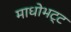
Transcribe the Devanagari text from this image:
माधोभट्ट